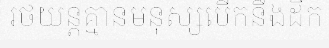
រថយន្តគ្មានមនុស្សបើកនឹងដឹក